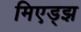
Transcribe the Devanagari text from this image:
मिएड्झ